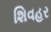
શિવહર